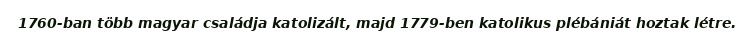
1760-ban több magyar családja katolizált, majd 1779-ben katolikus plébániát hoztak létre.